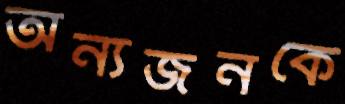
অন্যজনকে